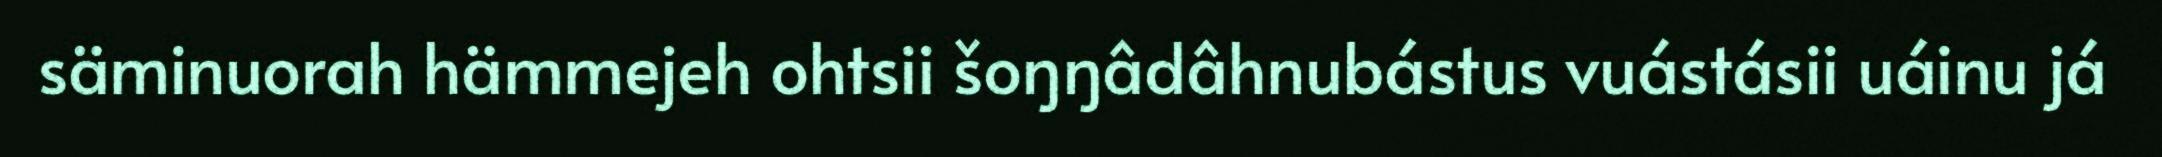
säminuorah hämmejeh ohtsii šoŋŋâdâhnubástus vuástásii uáinu já